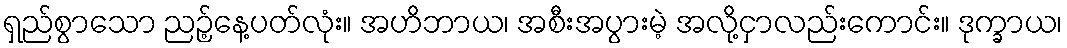
ရှည်စွာသော ညဉ့်နေ့ပတ်လုံး။ အဟိဘာယ၊ အစီးအပွားမဲ့ အလို့ငှာလည်းကောင်း။ ဒုက္ခာယ၊